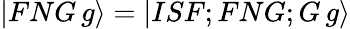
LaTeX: \begin{array}{r}{|FNG\, g\rangle=|ISF;FNG;G\, g\rangle}\end{array}